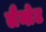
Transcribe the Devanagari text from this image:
लैम्ब्रेट